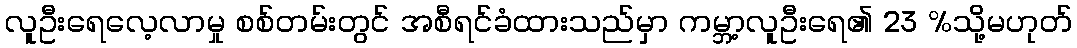
လူဦးရေလေ့လာမှု စစ်တမ်းတွင် အစီရင်ခံထားသည်မှာ ကမ္ဘာ့လူဦးရေ၏ 23 %သို့မဟုတ်